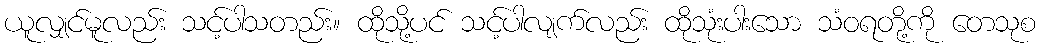
ယူလျှင်မူလည်း သင့်ပါသတည်း။ ထိုသို့ပင် သင့်ပါလျက်လည်း ထိုသုံးပါးသော သံဝရတို့ကို တေသုစ